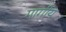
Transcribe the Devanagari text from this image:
गार्गीय